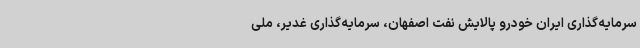
سرمایه‌گذاری ایران خودرو پالایش نفت اصفهان، سرمایه‌گذاری غدیر، ملی